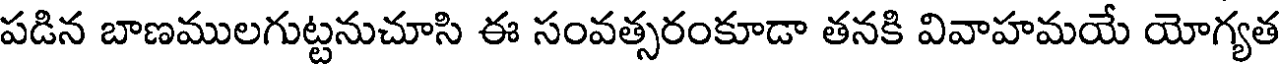
పడిన బాణములగుట్టనుచూసి ఈ సంవత్సరంకూడా తనకి వివాహమయే యోగ్యత